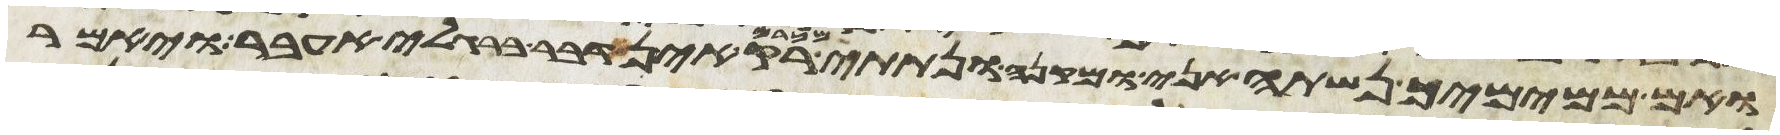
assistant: ואם ממימיך נשתה אני ומקני ונתתי מכרם רק אין דבר ברגלי אעבר ויאמר